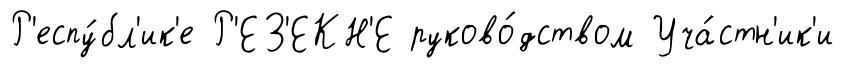
Р'еспу́бл'ик'е Р'ЕЗ'ЕКН'Е руково́дством Уча́стн'ик'и